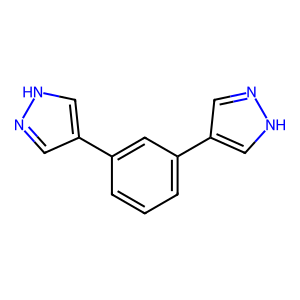
SMILES: c1cc(-c2cn[nH]c2)cc(-c2cn[nH]c2)c1
Inhibits HIV replication: No